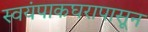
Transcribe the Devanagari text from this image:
स्वयंपाकघरापासून